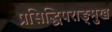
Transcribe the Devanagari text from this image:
प्रसिद्धिपराङ्‍मुख